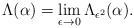
\begin{align*}\Lambda(\alpha)=\lim_{\epsilon\to0}\Lambda_{\epsilon^2}(\alpha).\end{align*}